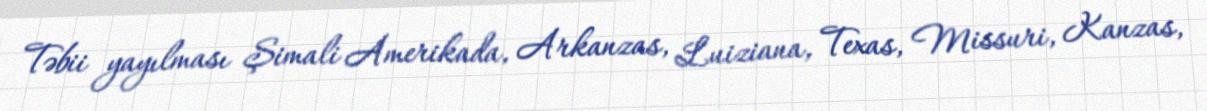
Təbii yayılması Şimali Amerikada, Arkanzas, Luiziana, Texas, Missuri, Kanzas,